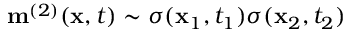
\mathbf { m } ^ { ( 2 ) } ( \mathbf { x } , t ) \sim \sigma ( \mathbf { x } _ { 1 } , t _ { 1 } ) \sigma ( \mathbf { x } _ { 2 } , t _ { 2 } )